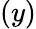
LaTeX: (y)